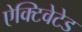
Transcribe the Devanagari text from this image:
ऐक्टिवेटेड